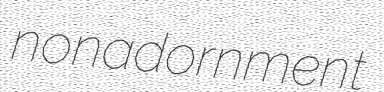
nonadornment